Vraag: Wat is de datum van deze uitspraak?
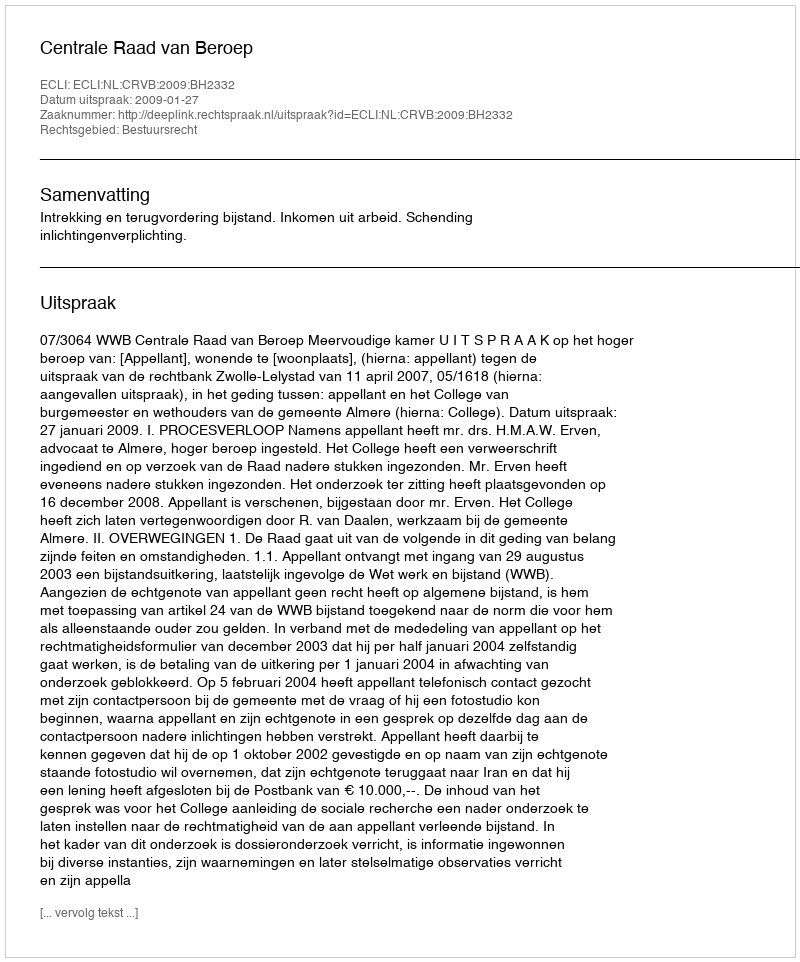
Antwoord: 2009-01-27